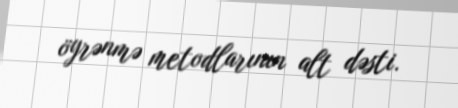
öyrənmə metodlarının alt dəsti.